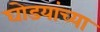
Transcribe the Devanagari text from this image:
घोडयांच्या